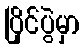
ပြိုင်ပွဲမှာ